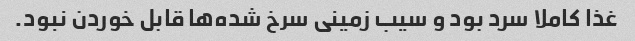
غذا کاملا سرد بود و سیب زمینی سرخ شده‌ها قابل خوردن نبود.